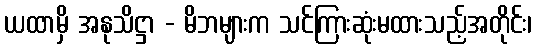
ယထာမှိ အနုသိဋ္ဌာ - မိဘများက သင်ကြားဆုံးမထားသည့်အတိုင်း၊